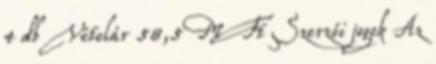
4 db Vételár 58,5 M Ft Szerzői jogok Az